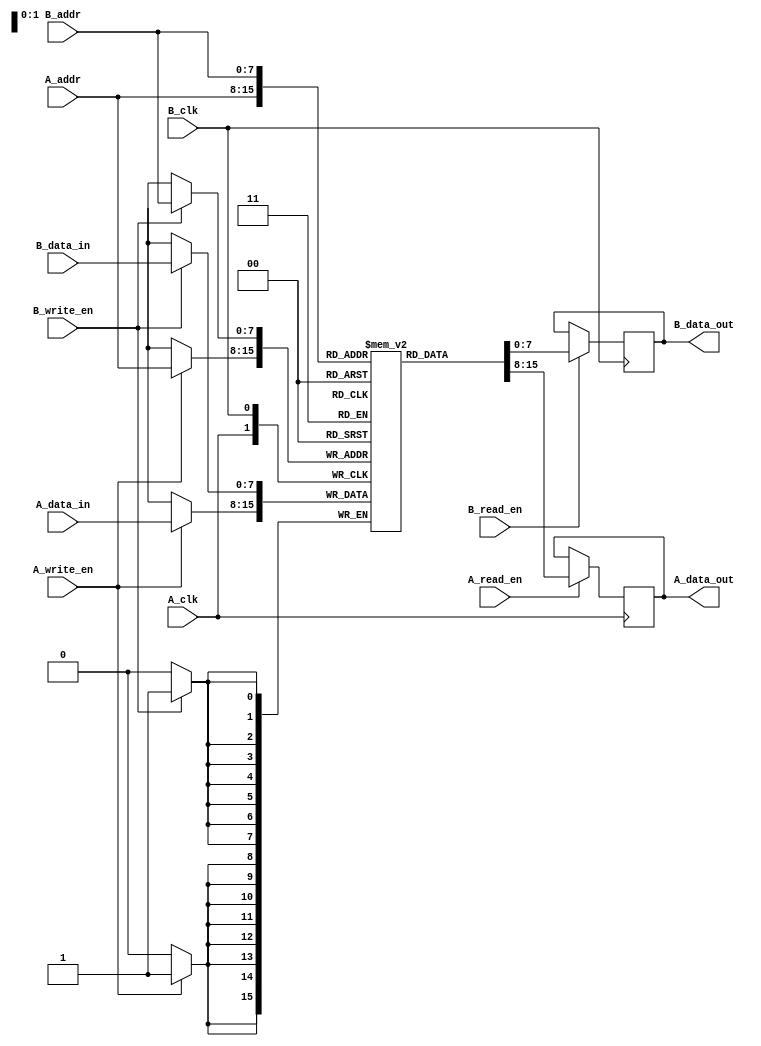
module dual_port_ram #(
    parameter DATA_WIDTH = 8,     // Width of each memory word (in bits)
    parameter ADDR_WIDTH = 8,     // Number of address bits (for 256 words)
    parameter MEM_DEPTH = 256      // Number of memory locations
)(
    // Port A
    input [ADDR_WIDTH-1:0] A_addr,
    input [DATA_WIDTH-1:0] A_data_in,
    output reg [DATA_WIDTH-1:0] A_data_out,
    input A_read_en,
    input A_write_en,
    input A_clk,

    // Port B
    input [ADDR_WIDTH-1:0] B_addr,
    input [DATA_WIDTH-1:0] B_data_in,
    output reg [DATA_WIDTH-1:0] B_data_out,
    input B_read_en,
    input B_write_en,
    input B_clk
);

    // Memory storage array
    reg [DATA_WIDTH-1:0] mem [0:MEM_DEPTH-1];

    // Port A operation
    always @(posedge A_clk) begin
        if (A_write_en) begin
            mem[A_addr] <= A_data_in;  // Write data to memory
        end
        if (A_read_en) begin
            A_data_out <= mem[A_addr];  // Read data from memory
        end
    end

    // Port B operation
    always @(posedge B_clk) begin
        if (B_write_en) begin
            mem[B_addr] <= B_data_in;  // Write data to memory
        end
        if (B_read_en) begin
            B_data_out <= mem[B_addr];  // Read data from memory
        end
    end

endmodule